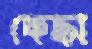
কেহ্না